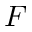
F